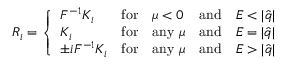
R _ { i } = \left\{ \begin{array} { l l l l l } { { { F } ^ { - 1 } { K } _ { i } } } & { { \mathrm { f o r } } } & { { \mu < 0 } } & { { \mathrm { a n d } } } & { { E < | \hat { q } | } } \\ { { { K } _ { i } } } & { { \mathrm { f o r } } } & { { \mathrm { a n y } ~ \mu } } & { { \mathrm { a n d } } } & { { E = | \hat { q } | } } \\ { { \pm i { F } ^ { - 1 } { K } _ { i } } } & { { \mathrm { f o r } } } & { { \mathrm { a n y } ~ \mu } } & { { \mathrm { a n d } } } & { { E > | \hat { q } | } } \end{array} \right.